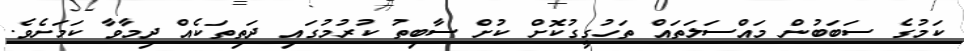
ކަމުގެ ސަބަބުން މައްސަލަތައް ތަހުގީގުކޮށް ކުށް ސާބިތު ކުރުމުގައި ދަތިތަކެއް ދިމާވާ ކަމަށެވެ.